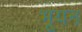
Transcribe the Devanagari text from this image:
भूयन